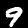
Label: 9